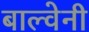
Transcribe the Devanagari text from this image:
बाल्वेनी